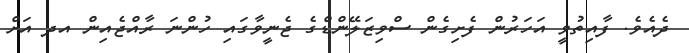
ދެއެވެ. ފާއިތުވީ އަހަރުން ފެށިގެން ސްވިޒަލޭންޑްގެ ޖެނީވާގައި ހުންނަ ރާއްޖެއިން އދ އަށް